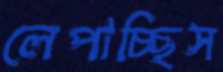
লেপাচ্ছিস